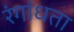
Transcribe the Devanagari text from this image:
रंगांधता